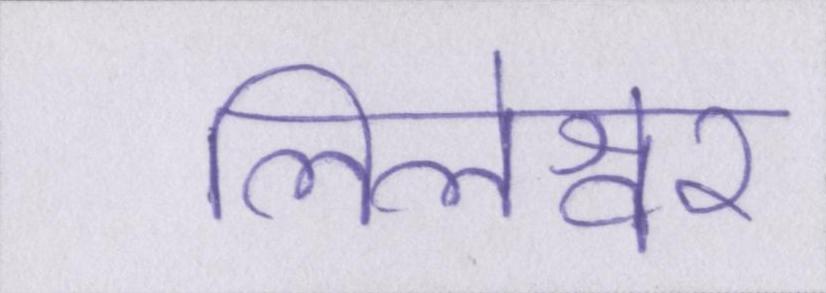
लिलेश्वर